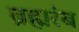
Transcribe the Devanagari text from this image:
ब्रह्मरंब